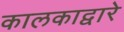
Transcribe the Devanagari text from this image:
कालकाद्वारे